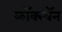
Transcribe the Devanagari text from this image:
ब्लॅक्स्वॅन